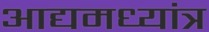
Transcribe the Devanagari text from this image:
आद्यमध्यांत्र